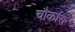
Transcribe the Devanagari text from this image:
चौकारा